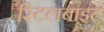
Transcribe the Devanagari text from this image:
स्टिलबाइट